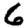
Digit: 6